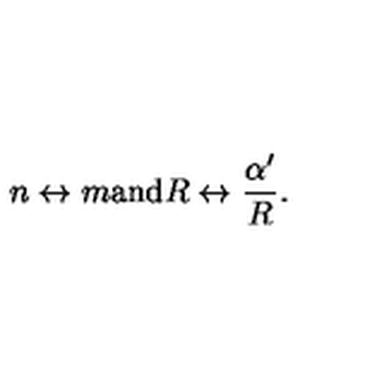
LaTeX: n \leftrightarrow m \mathrm { a n d } R \leftrightarrow \frac { \alpha ^ { \prime } } { R } .